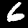
Digit: 6